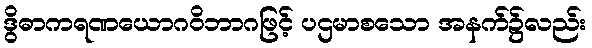
ဒွိဓာကရဏယောဂဝိဘာဂဖြင့် ပဌမာစသော အနက်၌လည်း